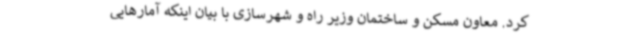
کرد. معاون مسکن و ساختمان وزیر راه و شهرسازی با بیان اینکه آمارهایی